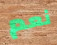
نعم